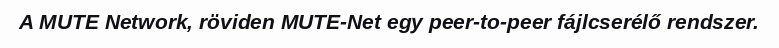
A MUTE Network, röviden MUTE-Net egy peer-to-peer fájlcserélő rendszer.